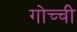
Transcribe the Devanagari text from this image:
गोच्ची